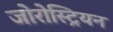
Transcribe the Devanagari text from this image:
जोरोस्ट्रियन